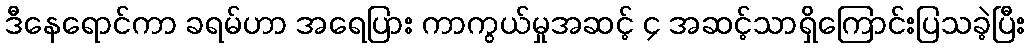
ဒီနေရောင်ကာ ခရမ်ဟာ အရေပြား ကာကွယ်မှုအဆင့် ၄ အဆင့်သာရှိကြောင်းပြသခဲ့ပြီး